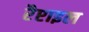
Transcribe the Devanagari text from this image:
रैप्टाइल